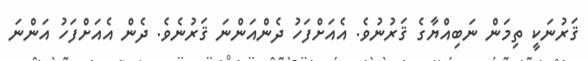
ޤަރުނަކީ ތިމަން ނަބިއްޔާގެ ޤަރުނުވެ. އެއަށްފަހު ދެންއަންނަ ޤަރުނެވެ. ދެން އެއަށްފަހު އަންނަ